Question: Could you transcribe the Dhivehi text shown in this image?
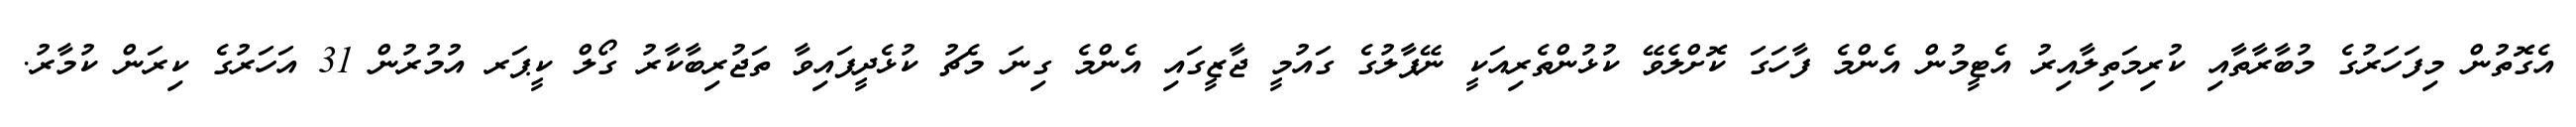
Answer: އެގޮތުން މިފަހަރުގެ މުބާރާތާއި ކުރިމަތިލާއިރު އެޓީމުން އެންމެ ފާހަގަ ކޮށްލެވޭ ކުޅުންތެރިއަކީ ނޭޕާލުގެ ގައުމީ ޖާޒީގައި އެންމެ ގިނަ މެޗު ކުޅެދީފައިވާ ތަޖުރިބާކާރު ގޯލް ކީޕަރ އުމުރުން 31 އަހަރުގެ ކިރަން ކުމާރު.